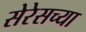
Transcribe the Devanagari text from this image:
सेरेसच्या